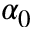
\alpha _ { 0 }